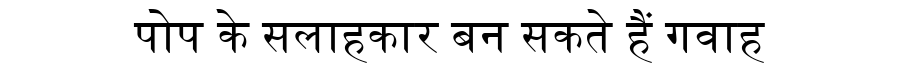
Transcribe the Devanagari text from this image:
पोप के सलाहकार बन सकते हैं गवाह